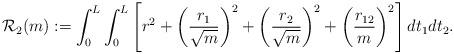
LaTeX: \begin{align*}\mathcal{R}_2(m):=\int_0^L \int_0^L \left[r^2+\bigg(\frac{r_1}{\sqrt{m}}\bigg)^2+\bigg(\frac{r_2}{\sqrt{m}}\bigg)^2+\bigg(\frac{r_{12}}{m}\bigg)^2\right]dt_1dt_2.\end{align*}